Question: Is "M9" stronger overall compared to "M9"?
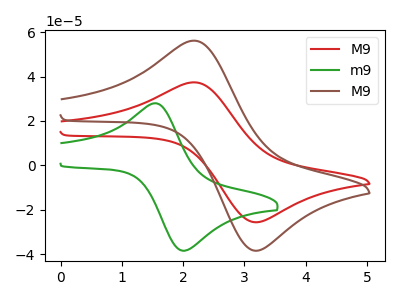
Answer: <think>The red curve "M9" has an anodic peak at (2.15V, 37.40uA) and a cathodic peak at (3.25V, -25.40uA). The green curve "m9" has an anodic peak at (1.55V, 27.95uA) and a cathodic peak at (2.05V, -38.30uA). The brown curve "M9" has an anodic peak at (2.15V, 56.15uA) and a cathodic peak at (3.25V, -38.15uA).
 All the peaks in "M9" have a peak in "M9" at the same potential. Every peak in "M9" is higher than every peak in "M9".</think>
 <answer>"M9" has more signal than "M9".</answer>
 <eval>more_signal</eval>